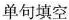
单句填空